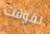
تفوقت